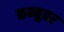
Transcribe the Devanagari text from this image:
कम्मुतर